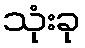
သုံးခု